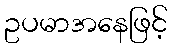
ဥပမာအနေဖြင့်